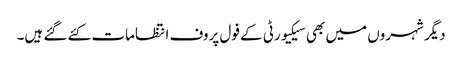
دیگر شہروں میں بھی سیکیورٹی کے فول پروف انتظامات کئے گئے ہیں۔